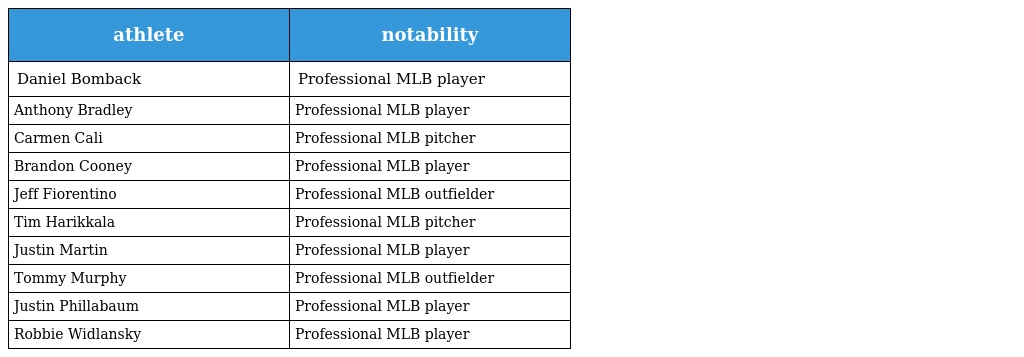
| athlete | notability |
 | --- | --- |
 | Daniel Bomback | Professional MLB player |
 | Anthony Bradley | Professional MLB player |
 | Carmen Cali | Professional MLB pitcher |
 | Brandon Cooney | Professional MLB player |
 | Jeff Fiorentino | Professional MLB outfielder |
 | Tim Harikkala | Professional MLB pitcher |
 | Justin Martin | Professional MLB player |
 | Tommy Murphy | Professional MLB outfielder |
 | Justin Phillabaum | Professional MLB player |
 | Robbie Widlansky | Professional MLB player |